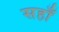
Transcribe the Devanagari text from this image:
सहाँ